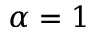
\alpha = 1